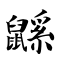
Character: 鼷